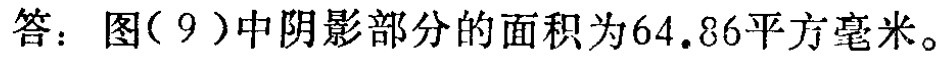
答：图(9)中阴影部分的面积为\(64.86\)平方毫米。